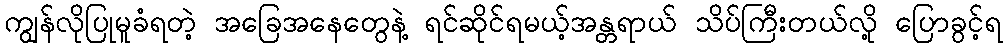
ကျွန်လိုပြုမူခံရတဲ့ အခြေအနေတွေနဲ့ ရင်ဆိုင်ရမယ့်အန္တရာယ် သိပ်ကြီးတယ်လို့ ပြောခွင့်ရ